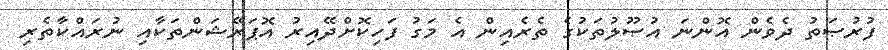
ފުރުޞަތު ދެވެން އޮންނަ އުޞޫލުތަކުގެ ތެރެއިން އެ މަގު ފަހިކޮށްދޭއިރު އޮޕަރޭޝަންތަކާއި ނުރައްކާތެރި